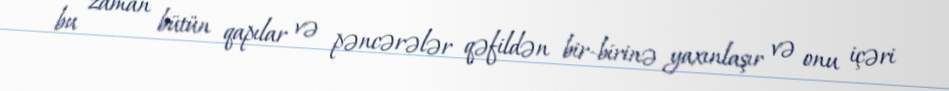
bu zaman bütün qapılar və pəncərələr qəfildən bir-birinə yaxınlaşır və onu içəri